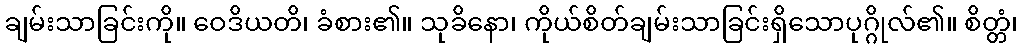
ချမ်းသာခြင်းကို။ ဝေဒိယတိ၊ ခံစား၏။ သုခိနော၊ ကိုယ်စိတ်ချမ်းသာခြင်းရှိသောပုဂ္ဂိုလ်၏။ စိတ္တံ၊